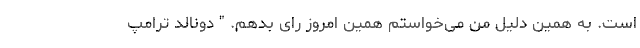
است. به همین دلیل من می‌خواستم همین امروز رای بدهم. " دونالد ترامپ